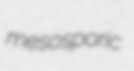
mesosporic